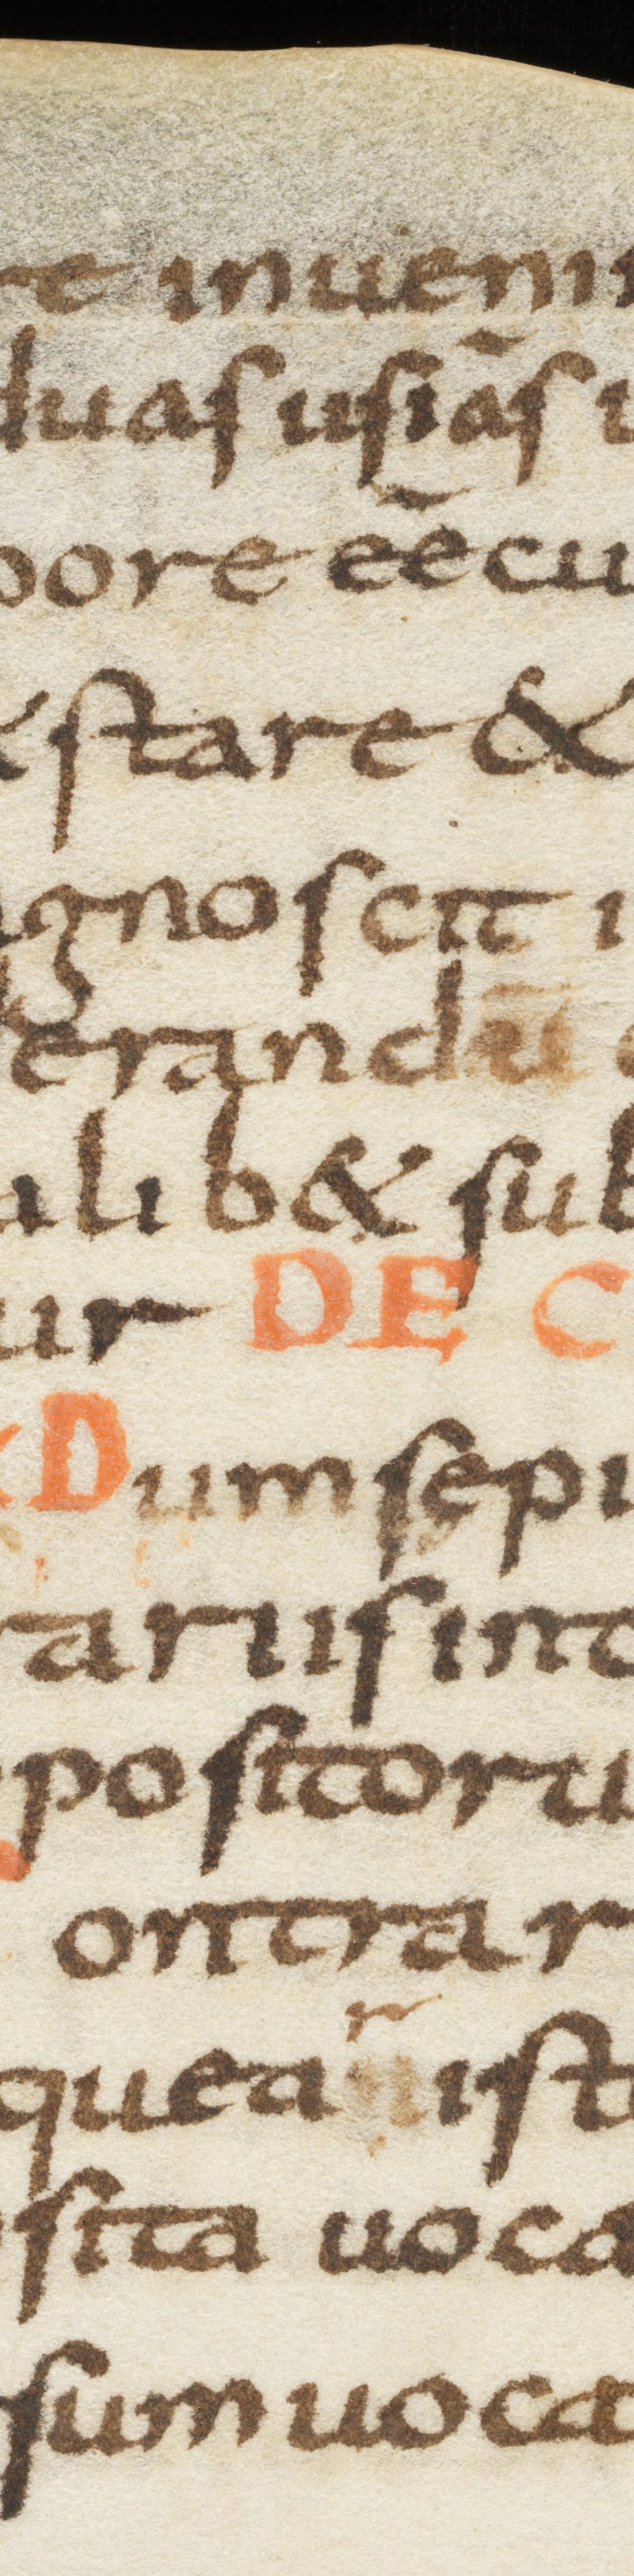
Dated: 800–899